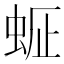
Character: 𧋇